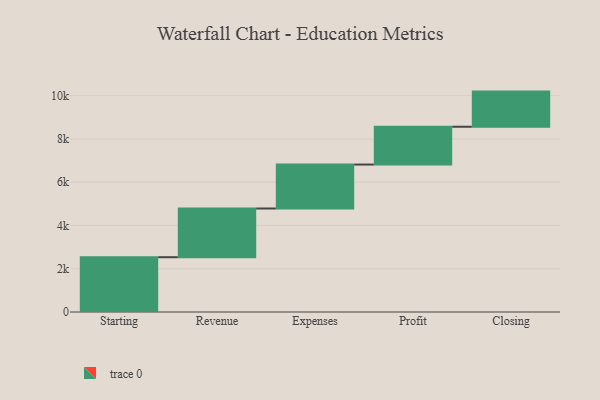
{"axis": {"x": "Step", "y": "Value"}, "legend": [""], "data": [{"x": "Starting", "y": 2532.0, "type": ""}, {"x": "Revenue", "y": 2251.0, "type": ""}, {"x": "Expenses", "y": 2031.0, "type": ""}, {"x": "Profit", "y": 1747.0, "type": ""}, {"x": "Closing", "y": 1624.0, "type": ""}]}